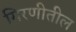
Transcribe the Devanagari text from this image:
गिरणीतील